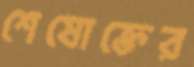
শেষোক্তের